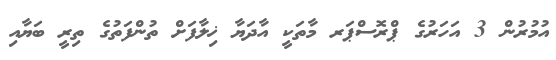
އުމުރުން 3 އަހަރުގެ ޕްރޮސްޕަރ މާތަކީ އާދަޔާ ޚިލާފަށް ތުންފަތުގެ ތިރީ ބަޔާއި